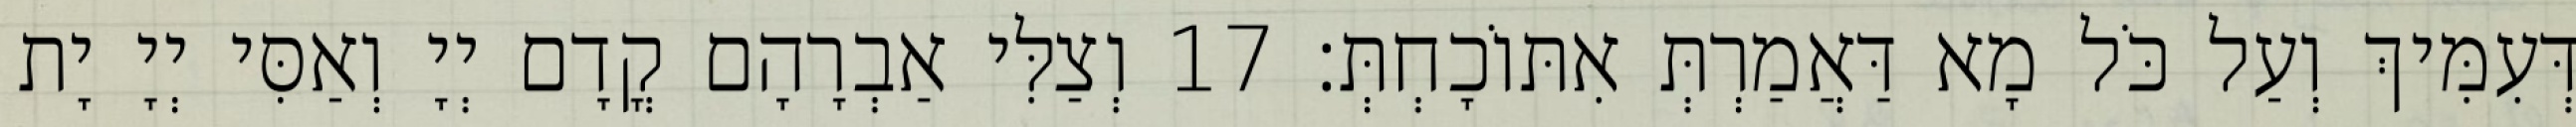
דְּעִמִּיךְ וְעַל כֹּל מָא דַּאֲמַרְתְּ אִתּוֹכָחְתְּ׃ 17 וְצַלִּי אַבְרָהָם קֳדָם יְיָ וְאַסִּי יְיָ יָת